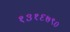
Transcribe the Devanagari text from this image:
१३१६७९०